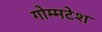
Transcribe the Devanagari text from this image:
गोम्मटेश